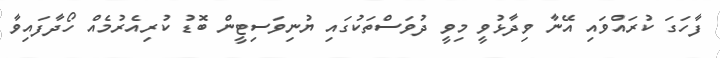
ފާހަގަ ކުރައްވައި އޭނާ ވިދާޅުވީ މިވީ ދުވަސްތަކުގައި ޔުނިވަސިޓީން ބޮޑު ކުރިއެރުމެއް ހޯދާފައިވާ